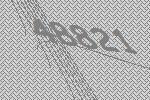
48821